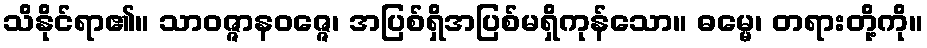
သိနိုင်ရာ၏။ သာဝဇ္ဇာနဝဇ္ဇေ၊ အပြစ်ရှိအပြစ်မရှိကုန်သော။ ဓမ္မေ၊ တရားတို့ကို။